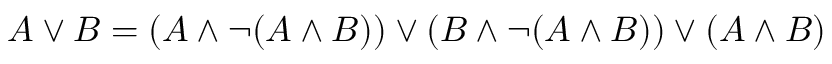
A \lor B = ( A \land \neg ( A \land B ) ) \lor ( B \land \neg ( A \land B ) ) \lor ( A \land B )